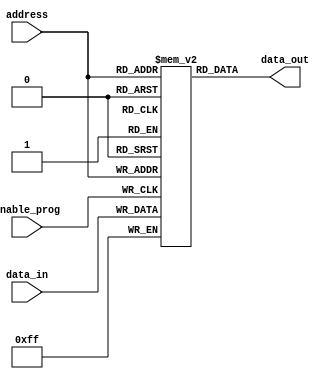
module PROM (
  input [7:0] address,
  input enable_prog,
  input [7:0] data_in,
  output reg [7:0] data_out
);

reg [7:0] memory [0:255]; // 256 memory blocks with 8-bit data values

always @(posedge enable_prog) begin
  memory[address] <= data_in; // write data to selected memory block when programming mode is enabled
end

assign data_out = memory[address]; // read data from selected memory block

endmodule